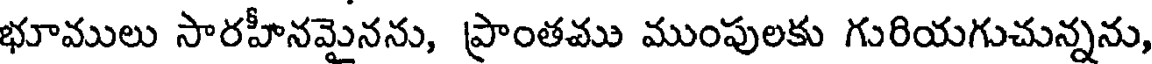
భూములు సారహీనమైనను, ప్రాంతము ముంపులకు గురియగుచున్నను,